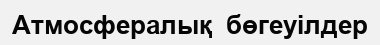
Атмосфералық  бөгеуілдер